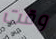
وقت